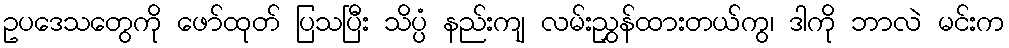
ဥပဒေသတွေကို ဖော်ထုတ် ပြသပြီး သိပ္ပံ နည်းကျ လမ်းညွှန်ထားတယ်ကွ၊ ဒါကို ဘာလဲ မင်းက